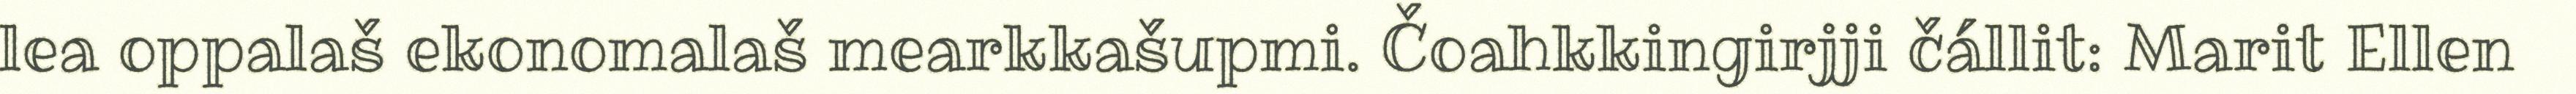
lea oppalaš ekonomalaš mearkkašupmi. Čoahkkingirjji čállit: Marit Ellen